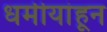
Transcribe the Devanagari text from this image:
धर्मीयांहून